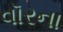
વૉરના